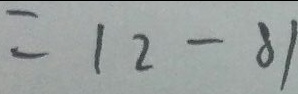
= 1 2 - 8 1